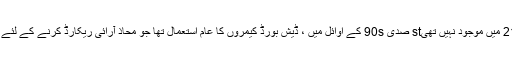
جیسا کہ پہلے ذکر کیا گیا ہے ، وہ ٹیکنالوجی جو نگرانی کی فوٹیج فراہم کرتی ہے وہ ابھی 21 میں موجود نہیں تھیst صدی 90s کے اوائل میں ، ڈیش بورڈ کیمروں کا عام استعمال تھا جو محاذ آرائی ریکارڈ کرنے کے لئے استعمال کیا جاتا تھا یا جب وہ گشت پر تھے افسران اور شہریوں کے مابین جو بھی ہوتا ہے۔